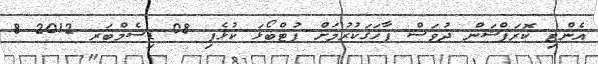
އެންޓި ކޮރަޕްޝަން ދުވަސް ފާހަގަކުރުމަށް ފުޓްބޯޅަ ކުޅެފި 08 ޑިސެމްބަރ 2012 8